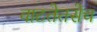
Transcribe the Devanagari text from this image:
वाटतेतसेच